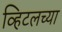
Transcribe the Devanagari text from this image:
व्हिटलच्या